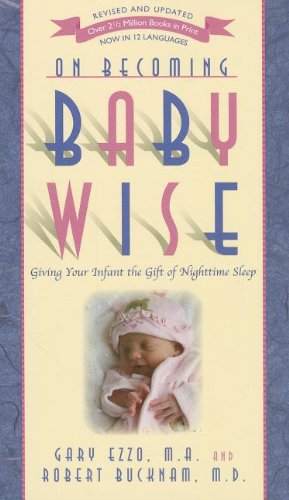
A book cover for On Becoming Baby Wise: Giving Your Infant the GIFT of Nighttime Sleep; Gary Ezzo; Parenting & Relationships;